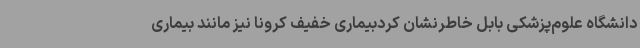
دانشگاه علوم‌پزشکی بابل خاطرنشان کردبیماری خفیف کرونا نیز مانند بیماری